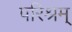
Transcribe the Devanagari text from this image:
परिश्रम्